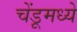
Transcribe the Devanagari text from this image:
चेंडूमध्ये